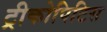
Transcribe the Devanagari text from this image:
ट्रीकोपिटिस